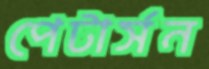
পেটার্সন